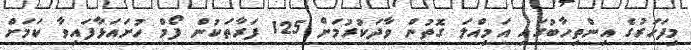
މިފަހަރުގެ އިންތިހާބުގައި އަމިއްލަ ގޮތުން ވާދަކުރުމަށް 125 ފަރާތަކުން ފޯމް ހުށައަޅާފައިވާ ކަމަށް